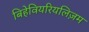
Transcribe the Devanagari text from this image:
बिहेवियरियलिज़म